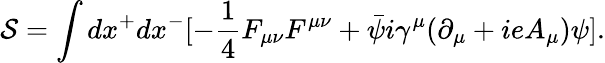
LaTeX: {\cal S}=\int dx^{+}dx^{-}[-{\frac{1}{4}}F_{\mu\nu}F^{\mu\nu}+\bar{\psi}i\gamma^{\mu}(\partial_{\mu}+ieA_{\mu})\psi].